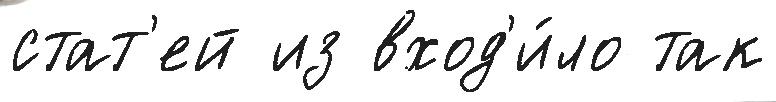
стат'ей из вход'и́ло так